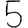
Digit: 5